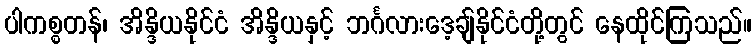
ပါကစ္စတန်၊ အိန္ဒိယနိုင်ငံ အိန္ဒိယနှင့် ဘင်္ဂလားဒေ့ချ်နိုင်ငံတို့တွင် နေထိုင်ကြသည်။